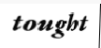
tought